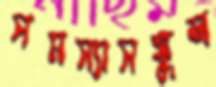
সমস্যাসঙ্কুল